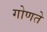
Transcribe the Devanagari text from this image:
गोणते